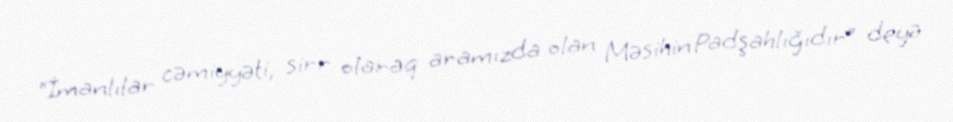
“İmanlılar cəmiyyəti, sirr olaraq aramızda olan Məsihin Padşahlığıdır” deyə